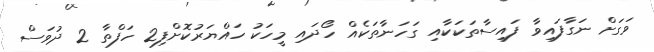
ވަގަށް ނަގާފައިވާ ފައިސާތަކަކާއި ގަހަނާތަކެއް ހޯދައި މީހަކު ހައްޔަރުކޮށްފި2 ހަފްތާ 2 ދުވަސް